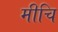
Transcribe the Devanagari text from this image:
मीचि